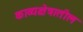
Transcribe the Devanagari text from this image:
काव्यक्षेत्रातील